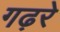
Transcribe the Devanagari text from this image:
गढ़रे